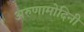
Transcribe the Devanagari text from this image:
अरुणामोदिनी